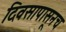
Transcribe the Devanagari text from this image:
दिवसापासूनच